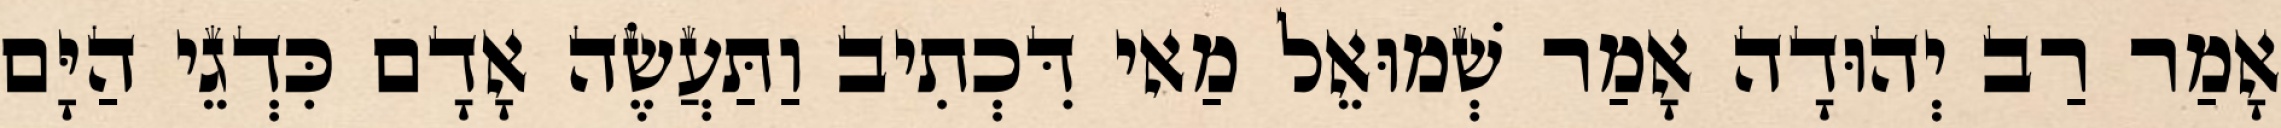
אָמַר רַב יְהוּדָה אָמַר שְׁמוּאֵל מַאי דִּכְתִיב וַתַּעֲשֶׂה אָדָם כִּדְגֵי הַיָּם